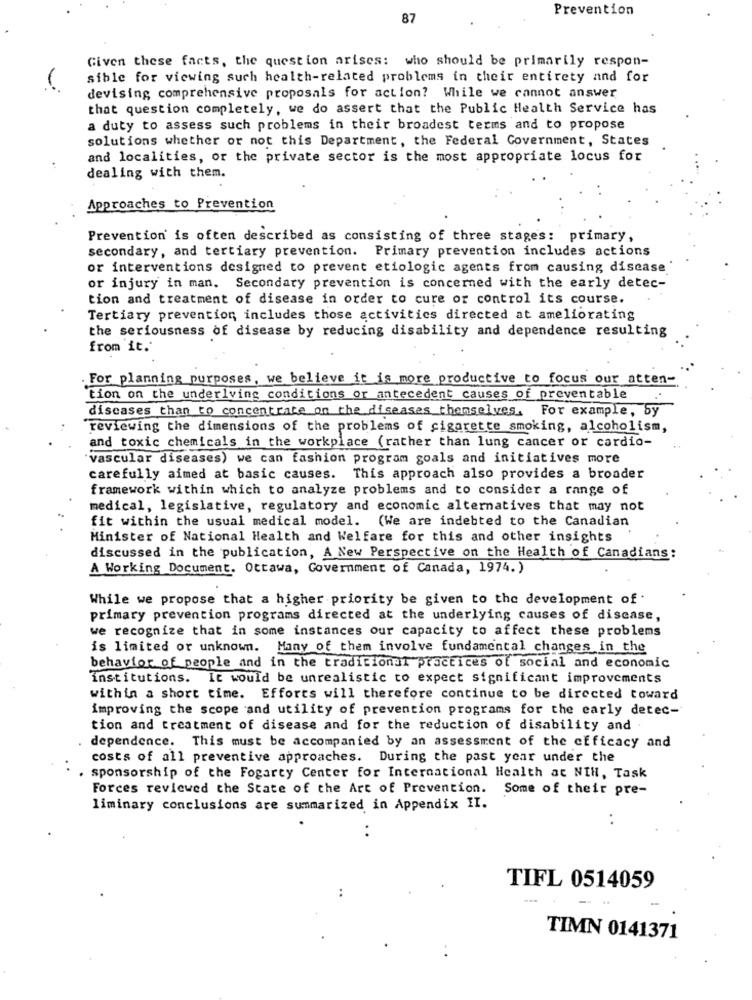
Prevention
87
Given these facts, the question arises: who should be primarily respon-
sible for viewing such health-related problems in their entirety and for
devising comprehensive proposals for action? While we cannot answer
that question completely, we do assert that the Public Health Service has
a duty to assess such problems in their broadest terms and to propose
solutions whether or not this Department, the Federal Government, States
and localities, or the private sector is the most appropriate locus for
dealing with them.
Approaches to Prevention
Prevention is often described as consisting of three stages: primary,
secondary, and tertiary prevention. Primary prevention includes actions
or interventions designed to prevent etiologic agents from causing disease
or injury in man. Secondary prevention is concerned with the early detec-
tion and treatment of disease in order to cure or control its course.
Tertiary prevention includes those activities directed at ameliorating
the seriousness of disease by reducing disability and dependence resulting
from it.'
For planning purposes, we believe it is more productive to focus our atten-
tion on the underlying conditions or antecedent causes of preventable
diseases than to concentrate on the diseases themselves. For example, by
reviewing the dimensions of the problems of cigarette smoking, alcoholism,
and toxic chemicals in the workplace (rather than lung cancer or cardio-
vascular diseases) we can fashion program goals and initiatives more
carefully aimed at basic causes. This approach also provides a broader
framework within which to analyze problems and to consider a range of
medical, legislative, regulatory and economic alternatives that may not
fit within the usual medical model. (We are indebted to the Canadian
Minister of National Health and Welfare for this and other insights
discussed in the publication, A New Perspective on the Health of Canadians:
A Working Document. Ottawa, Government of Canada, 1974.)
While we propose that a higher priority be given to the development of
primary prevention programs directed at the underlying causes of disease,
we recognize that in some instances our capacity to affect these problems
is limited or unknown. Many of them involve fundamental changes in the
behavior of people and in the traditional practices of social and economic
institutions. It would be unrealistic to expect significant improvements
within a short time. Efforts will therefore continue to be directed toward
improving the scope and utility of prevention programs for the early detec-
tion and treatment of disease and for the reduction of disability and
dependence. This must be accompanied by an assessment of the efficacy and
costs of all preventive approaches. During the past year under the
sponsorship of the Fogarty Center for International Health at NIH, Task
Forces reviewed the State of the Art of Prevention.
Some of their pre-
liminary conclusions are summarized in Appendix II.
..
TIFL 0514059
TIMN 0141371